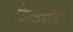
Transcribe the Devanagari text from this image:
जिलातमेंगलॉन्ग